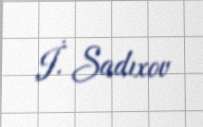
İ. Sadıxov